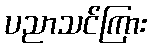
ပညာသင်ကြား